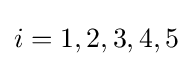
i=1,2,3,4,5